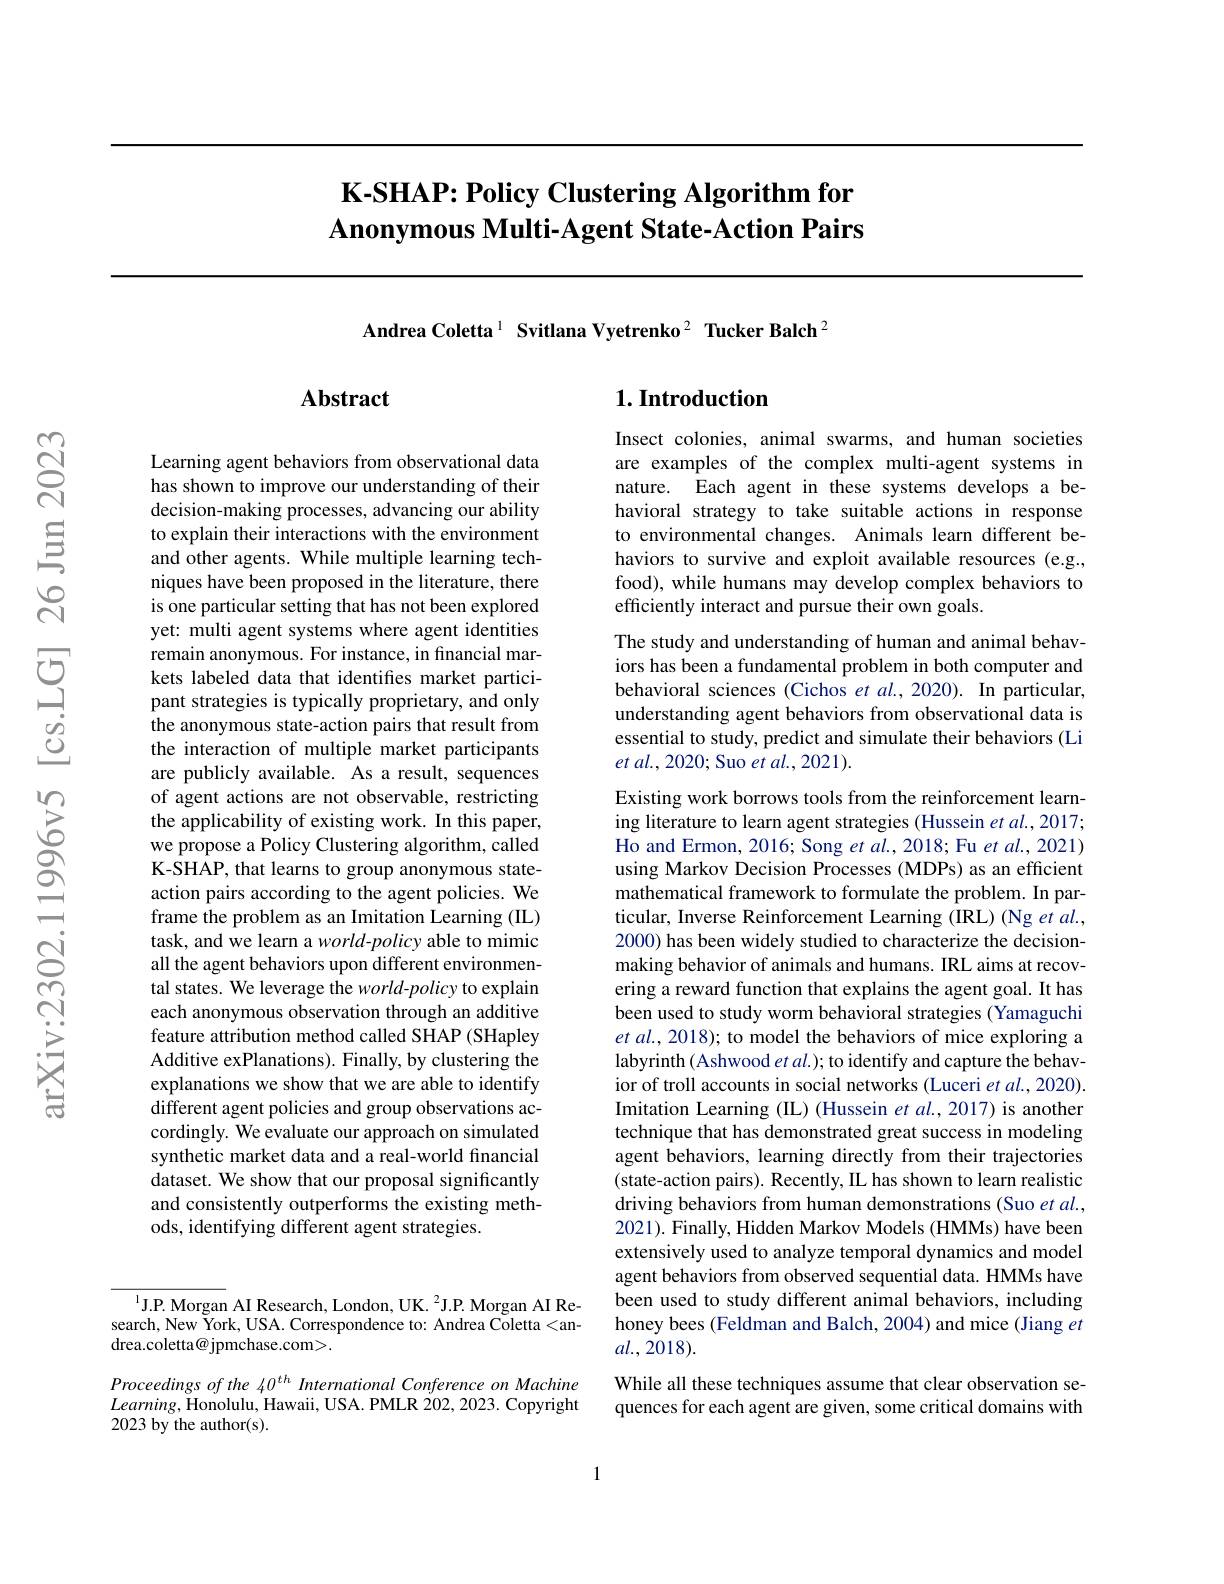
# $\textbf{K- SHAP: Policy Clustering Algorithm for}$ $\textbf{Anonymous Multi- Agent State- Action Pairs}$

Andrea Coletta$^{1}$ Svitlana Vyetrenko$^{2}$ Tucker Balch$^{2}$

## Abstract

## $1. \textbf{Introduction}$

Learning agent behaviors from observational data has shown to improve our understanding of their decision-making processes, advancing our ability to explain their interactions with the environment and other agents. While multiple learning techniques have been proposed in the literature, there is one particular setting that has not been explored yet: multi agent systems where agent identities remain anonymous. For instance, in financial markets labeled data that identifies market participant strategies is typically proprietary, and only the anonymous state-action pairs that result from the interaction of multiple market participants are publicly available. As a result, sequences of agent actions are not observable, restricting the applicability of existing work. In this paper, we propose a Policy Clustering algorithm, called K-SHAP, that learns to group anonymous stateaction pairs according to the agent policies. We frame the problem as an Imitation Learning (IL) task, and we learn a world-policy able to mimic all the agent behaviors upon different environmental states. We leverage the world-policy to explain each anonymous observation through an additive feature attribution method called SHAP (SHapley Additive exPlanations). Finally, by clustering the explanations we show that we are able to identify different agent policies and group observations accordingly. We evaluate our approach on simulated synthetic market data and a real-world financial dataset. We show that our proposal significantly and consistently outperforms the existing methods, identifying different agent strategies.

$^{1}$J.P. Morgan AI Research, London, UK. $^2$J.P. Morgan AI Research, New York, USA. Correspondence to: Andrea Coletta<andrea.coletta@jpmchase.com>.

Proceedings of the 40$^{th}$ International Conference on Machine $Learning$,Honolulu, Hawaii, USA. PMLR 202,2023. Copyright 2023 by the author(s).

Insect colonies, animal swarms, and human societies are examples of the complex multi-agent systems in nature. Each agent in these systems develops a behavioral strategy to take suitable actions in response to environmental changes. Animals learn different behaviors to survive and exploit available resources (e.g., food), while humans may develop complex behaviors to efficiently interact and pursue their own goals.

The study and understanding of human and animal behaviors has been a fundamental problem in both computer and behavioral sciences (Cichos et al.,2020). In particular, understanding agent behaviors from observational data is essential to study, predict and simulate their behaviors (Li $et$ $al. , 2020;$ Suo et $al.,2021).$

Existing work borrows tools from the reinforcement learning literature to learn agent strategies (Hussein et al.,2017; Ho and Ermon, 2016; Song et al., 2018; Fu et al., 2021) using Markov Decision Processes (MDPs) as an efficient mathematical framework to formulate the problem. In particular, Inverse Reinforcement Learning (IRL) (Ng et $al.$, 2000) has been widely studied to characterize the decisionmaking behavior of animals and humans. IRL aims at recovering a reward function that explains the agent goal. It has been used to study worm behavioral strategies (Yamaguchi et al., 2018); to model the behaviors of mice exploring a labyrinth (Ashwood et al.); to identify and capture the behavior of troll accounts in social networks (Luceri et al., 2020) Imitation Learning (IL) (Hussein et al.,2017) is another technique that has demonstrated great success in modeling agent behaviors, learning directly from their trajectories (state-action pairs). Recently, IL has shown to learn realistic driving behaviors from human demonstrations (Suo et al. 2021). Finally, Hidden Markov Models (HMMs) have been extensively used to analyze temporal dynamics and model agent behaviors from observed sequential data. HMMs have been used to study different animal behaviors, including honey bees (Feldman and Balch, 2004) and mice (Jiang $et$ $al.,2018).$
While all these techniques assume that clear observation sequences for each agent are given, some critical domains with

1